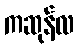
ကဆုန်လ